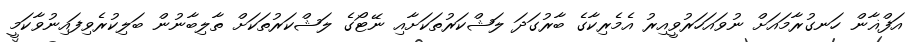
އަފްޣާން ހަނގުރާމައަށް ނުވައަހަރުވީއިރު އެމެރިކާގެ ބާރުގަދަ ލަޝްކަރުތަކަށާއި ނޭޓޯގެ ލަޝްކަރުތަކަށް ތާލިބާނުން ބަލިކުރެވިފައިނުވާކަމީ